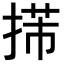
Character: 𢯨